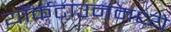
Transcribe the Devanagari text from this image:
यॉर्कटाउनमध्ये